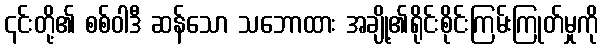
၎င်းတို့၏ စစ်ဝါဒီ ဆန်သော သဘောထား အချို့၏ရိုင်းစိုင်းကြမ်းကြုတ်မှုကို